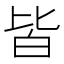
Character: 皆